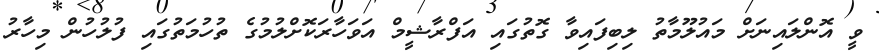
ވީ އޮންލައިނަށް މައުލޫމާތު ލިބިފައިވާ ގޮތުގައި އަފްރާޝީމް އަވަހާރަކޮށްލުމުގެ ތުހުމަތުގައި ފުލުހުން މިހާރު